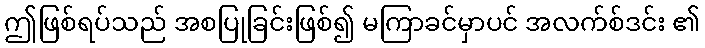
ဤဖြစ်ရပ်သည် အစပြုခြင်းဖြစ်၍ မကြာခင်မှာပင် အလက်စ်ဒင်း ၏